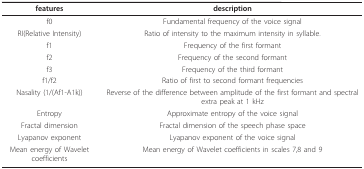
| features | description |
 | --- | --- |
 | f0 | Fundamental frequency of the voice signal |
 | RI(Relative Intensity) | Ratio of intensity to the maximum intensity in syllable. |
 | f1 | Frequency of the first formant |
 | f2 | Frequency of the second formant |
 | f3 | Frequency of the third formant |
 | f1/f2 | Ratio of first to second formant frequencies |
 | Nasality (1/(Af1-A1k)) | Reverse of the difference between amplitude of the first formant and spectral extra peak at 1 kHz |
 | Entropy | Approximate entropy of the voice signal |
 | Fractal dimension | Fractal dimension of the speech phase space |
 | Lyapanov exponent | Lyapanov exponent of the voice signal |
 | Mean energy of Wavelet coefficients | Mean energy of Wavelet coefficients in scales 7,8 and 9 |